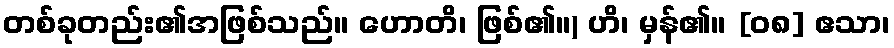
တစ်ခုတည်း၏အဖြစ်သည်။ ဟောတိ၊ ဖြစ်၏။) ဟိ၊ မှန်၏။ [၀၈] ဧသာ၊